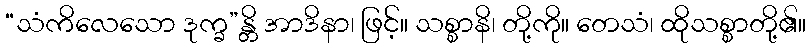
“သံကိလေသော ဒုက္ခ”န္တိ အာဒိနာ၊ ဖြင့်။ သစ္စာနိ၊ တို့ကို။ တေသံ၊ ထိုသစ္စာတို့၏။